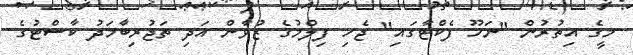
މީގެ އިތުރުން "ނަހޫ ފެކްޓާގައި" ޖެހި ފިލްމުގެ ޒުވާން އަދި ތަޖުރިބާމަދު ކާސްޓުގެ